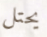
يحتل